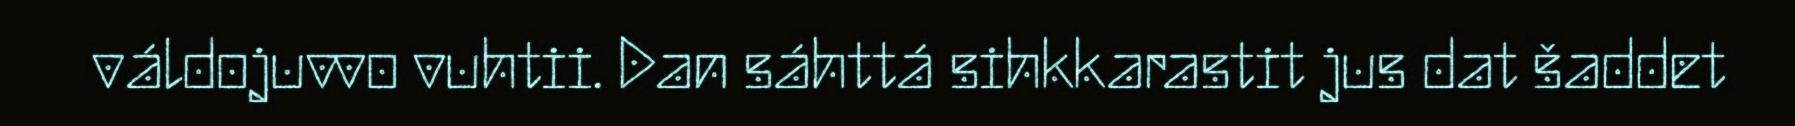
váldojuvvo vuhtii. Dan sáhttá sihkkarastit jus dat šaddet